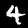
Digit: 4